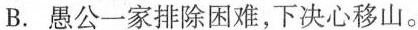
B. 愚公一家排除困难，下决心移山。